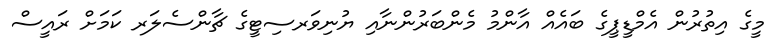
މީގެ އިތުރުން އެމްޑީޕީގެ ބައެއް އާންމު މެންބަރުންނާއި ޔުނިވަރސިޓީގެ ޗާންސެލަރ ކަމަށް ރައީސް